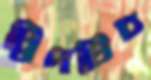
ট্রিপটিচ